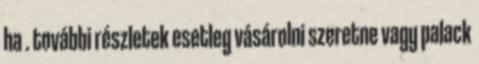
ha . további részletek esetleg vásárolni szeretne vagy palack